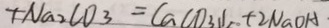
+ N a _ { 2 } C O _ { 3 } = C a C O _ { 3 } \downarrow + 2 N a O H